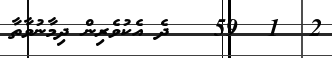
2  1  59   ދެ އެކުވެރިން ދިމާނުވާތާ